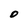
Character: O